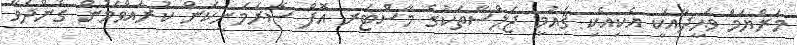
މަރްޔަމް ވަޙީދާއަކީ އެކިއެކި ޤައުމީ ޖަލްސާތަކުގެ މާސްޓަރ އޮފް ސެރެމަނީކަން ކުރައްވަމުން ގެންދަވާ